Vaccination North-Western Provinces 1866-1877 - 1866-1877
Year: 1866
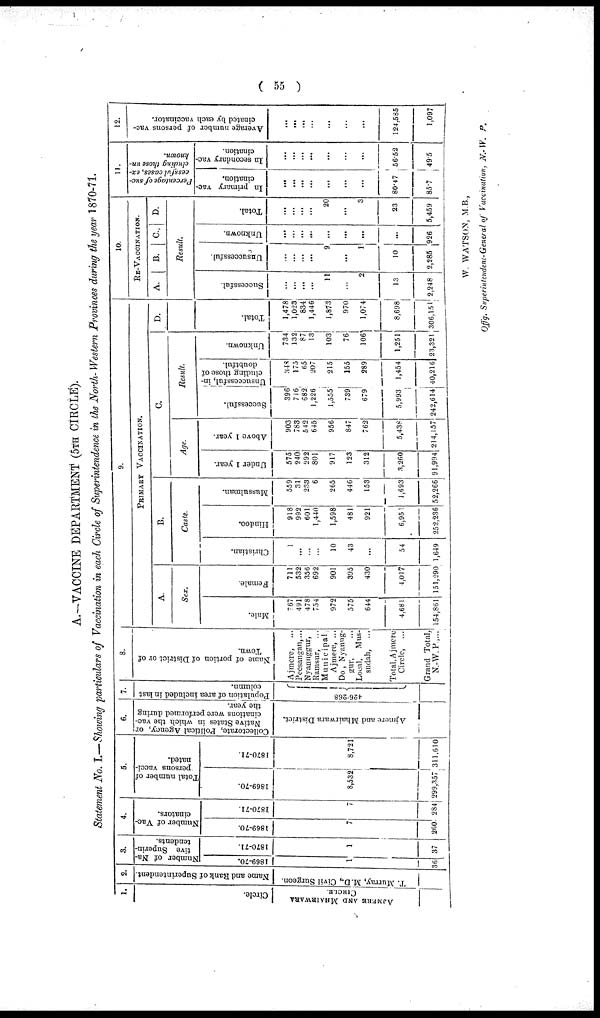
( 55 )
A.—VACCINE DEPARTMENT (5TH CIRCLE).
Statement No. I.—Showing particulars of Vaccination in each Circle of Superintendence in the North-Western Provinces during the year 1870-71.
1.
Circle.
AJMERE AND
MHAIRWARA
CIRCLE.
2.
Name and Rank of Superintendent.
T. Murray, M.D., Civil Surgeon.
3.
Number of Na-
tive Superin-
tendents.
1869-70.
1
36
1870-71.
1
37
4.
Number
of Vac-
cinators.
1869-70.
7
260
1870-71.
7
284
5.
Total number of
persons vacci-
nated.
1869-70.
8,532
299,357
1870-71.
8,721
311,610
6.
Collectorate, Political Agency, or
Native States in which the vac-
cinations were performed during
the year.
Ajmere and Mhairwara District.
7.
Population of area included in last
column.
426.268
8.
Name of portion of District or of
Town.
Ajmere, ...
Peesangan, ...
Nyanuggur,
Ramsur, ...
Municipal
Ajmere, ...
Do, Nyanug-
gur, ...
Local, Mus-
sudah, ...
Total,Ajmere
Circle, ...
Grand Total,
N.-W.P.,...
9.
PRIMARY VACCINATION.
A.
Sex.
Male.
767
491
478
754
972
575
644
4,681
154,861
Female.
711
532
356
692
901
395
430
4,017
151,290
B.
Caste.
Christian.
1
...
...
...
10
43
...
54
1,649
Hindoo.
918
992
601
1,440
1,598
481
921
6,951
252,236
Mussulman.
559
31
233
6
265
446
153
1,693
52,266
C.
Age.
Under 1 year.
575
240
292
801
917
123
312
3,260
91,994
Above 1 year.
903
783
542
645
956
847
762
5,438
214,157
Result.
Successful.
396
716
682
1,226
1,555
739
679
5,993
242,614
Unsuccessful, in-
cluding those of
doubtful.
348
175 65
207
215
155
289
1,454
40,216
Unknown.
734
132 87
13
103
76
106
1,251
23,321
D.
Total.
1,478
1,023 834
1,446
1,873
970
1,074
8,698
306,151
10.
RE-VACCINATION.
A.
B.
C.
D.
Result.
Successful.
...
...
...
...
11
...
2
13
2,248
U nsuccessful.
...
...
...
...
9
...
1
10
2,285
Unknown.
...
...
...
...
...
...
...
...
926
Total.
...
...
...
...
20
...
3
23
5,459
11.
Percentage of suc-
cessful cases, ex-
cluding those un-
known.
In primary vac-
cination.
...
...
...
...
...
...
...
80.47
85.7
In secondary vac-
cination.
...
...
...
...
...
...
...
56.52
49.5
12.
Average number of persons vac-
cinated by each vaccinator.
...
... ...
...
...
...
...
124,585
1,097
W. WATSON, M.B.,
Offg. Superintendent-General of Vaccination, N.-W. P.